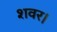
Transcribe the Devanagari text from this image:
शवर।